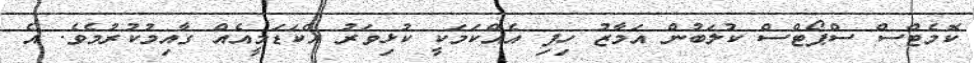
ކޮމެޓްސް ސްޕޯޓްސް ކުލަބުން އަމާޒު ހިފި އެއްކަމަކީ ކުޅިވަރު އެކަޑަމީއެއް ގާއިމުކުރުމެވެ. އެ